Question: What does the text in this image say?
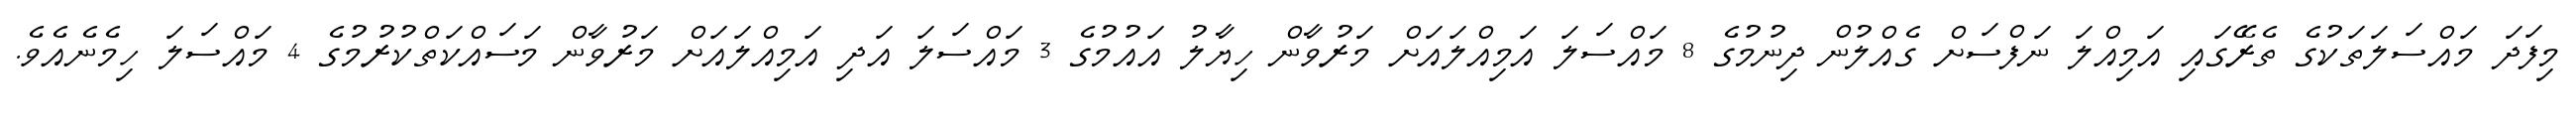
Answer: މިފަދަ މައްސަލަތަކުގެ ތެރޭގައި އަމިއްލަ ނަފްސަށް ގެއްލުން ދިނުމުގެ 8 މައްސަލަ އަމިއްލައަށް މަރުވާން ހިޔާލު އައުމުގެ 3 މައްސަލަ އަދި އަމިއްލައަށް މަރުވާން މަސައްކަތްކުރުމުގެ 4 މައްސަލަ ހިމެނެއެވެ.